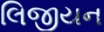
લિજીયન